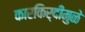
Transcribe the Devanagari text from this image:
कारकिर्दीमुळे